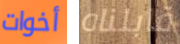
أخوات قابلناه